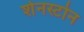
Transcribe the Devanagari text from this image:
शेनस्टोन